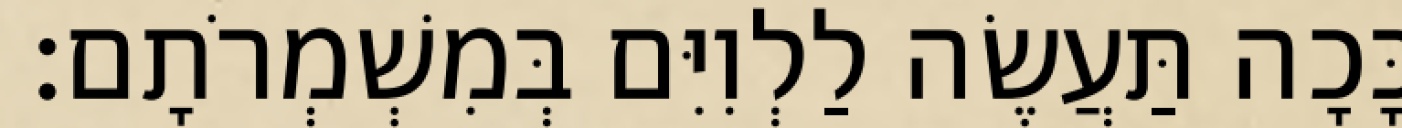
כָּכָה תַּעֲשֶׂה לַלְוִיִּם בְּמִשְׁמְרֹתָם׃